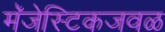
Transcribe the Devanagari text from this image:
मॅजेस्टिकजवळ